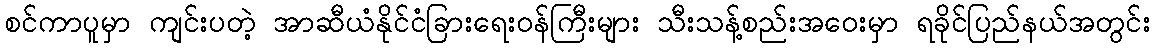
စင်ကာပူမှာ ကျင်းပတဲ့ အာဆီယံနိုင်ငံခြားရေးဝန်ကြီးများ သီးသန့်စည်းအဝေးမှာ ရခိုင်ပြည်နယ်အတွင်း